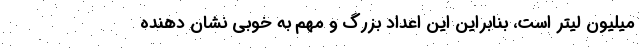
میلیون لیتر است، بنابراین این اعداد بزرگ و مهم به خوبی‌ نشان دهنده